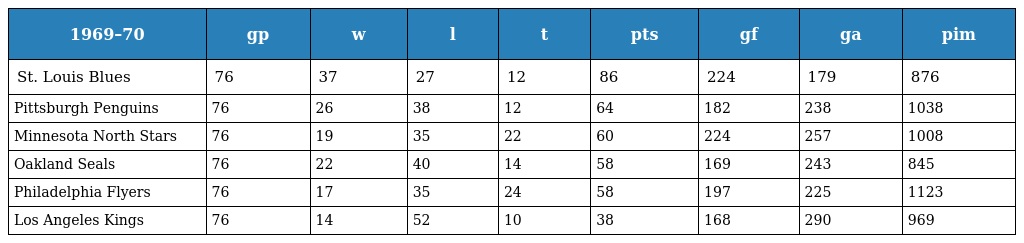
| 1969–70 | gp | w | l | t | pts | gf | ga | pim |
 | --- | --- | --- | --- | --- | --- | --- | --- | --- |
 | St. Louis Blues | 76 | 37 | 27 | 12 | 86 | 224 | 179 | 876 |
 | Pittsburgh Penguins | 76 | 26 | 38 | 12 | 64 | 182 | 238 | 1038 |
 | Minnesota North Stars | 76 | 19 | 35 | 22 | 60 | 224 | 257 | 1008 |
 | Oakland Seals | 76 | 22 | 40 | 14 | 58 | 169 | 243 | 845 |
 | Philadelphia Flyers | 76 | 17 | 35 | 24 | 58 | 197 | 225 | 1123 |
 | Los Angeles Kings | 76 | 14 | 52 | 10 | 38 | 168 | 290 | 969 |